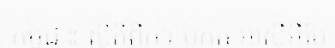
កម្ពុជា៖ ស្ថិតិពីការប្រកួត អាស៊ីអឺរ៉ុប